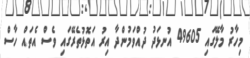
މިހާރު މާލޭގައި 49605 އުނޅަދު ދުއްވަމުންދާ އިރު އަތޮޅުތެރޭގައި ވެސް އެތައް ހާސް